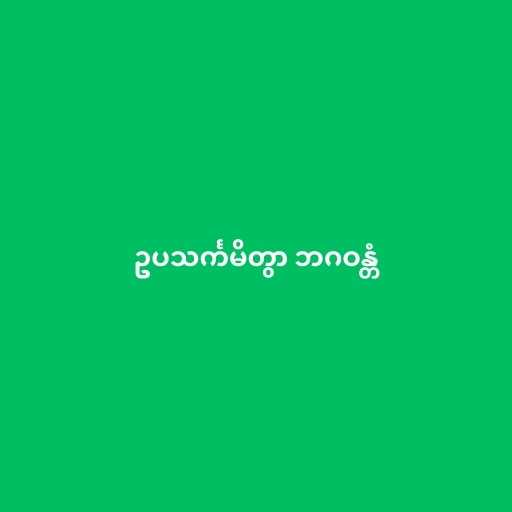
ဥပသင်္ကမိတွာ ဘဂဝန္တံ